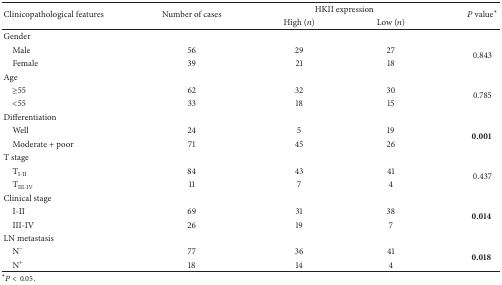
| <ROWSPAN=2> Clinicopathological features | <ROWSPAN=2> Number of cases | <COLSPAN=2> HKII expression | <ROWSPAN=2> P value∗ |
 | High (n) | Low (n) |
 | --- | --- | --- | --- | --- |
 | Gender |  |  |  |  |
 | Male | 56 | 29 | 27 | <ROWSPAN=2> 0.843 |
 | Female | 39 | 21 | 18 |
 | Age |  |  |  |  |
 | ≥55 | 62 | 32 | 30 | <ROWSPAN=2> 0.785 |
 | <55 | 33 | 18 | 15 |
 | Differentiation |  |  |  |  |
 | Well | 24 | 5 | 19 | <ROWSPAN=2> 0.001 |
 | Moderate + poor | 71 | 45 | 26 |
 | T stage |  |  |  |  |
 | TI-II | 84 | 43 | 41 | <ROWSPAN=2> 0.437 |
 | TIII-IV | 11 | 7 | 4 |
 | Clinical stage |  |  |  |  |
 | I-II | 69 | 31 | 38 | <ROWSPAN=2> 0.014 |
 | III-IV | 26 | 19 | 7 |
 | LN metastasis |  |  |  |  |
 | N− | 77 | 36 | 41 | <ROWSPAN=2> 0.018 |
 | N+ | 18 | 14 | 4 |